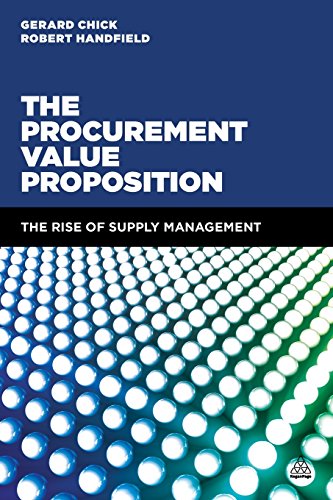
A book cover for The Procurement Value Proposition: The Rise of Supply Management; Gerard Chick; Business & Money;